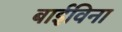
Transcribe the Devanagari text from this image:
बाईविना